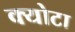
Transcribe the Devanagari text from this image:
क्योटा